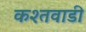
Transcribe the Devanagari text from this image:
कश्तवाडी